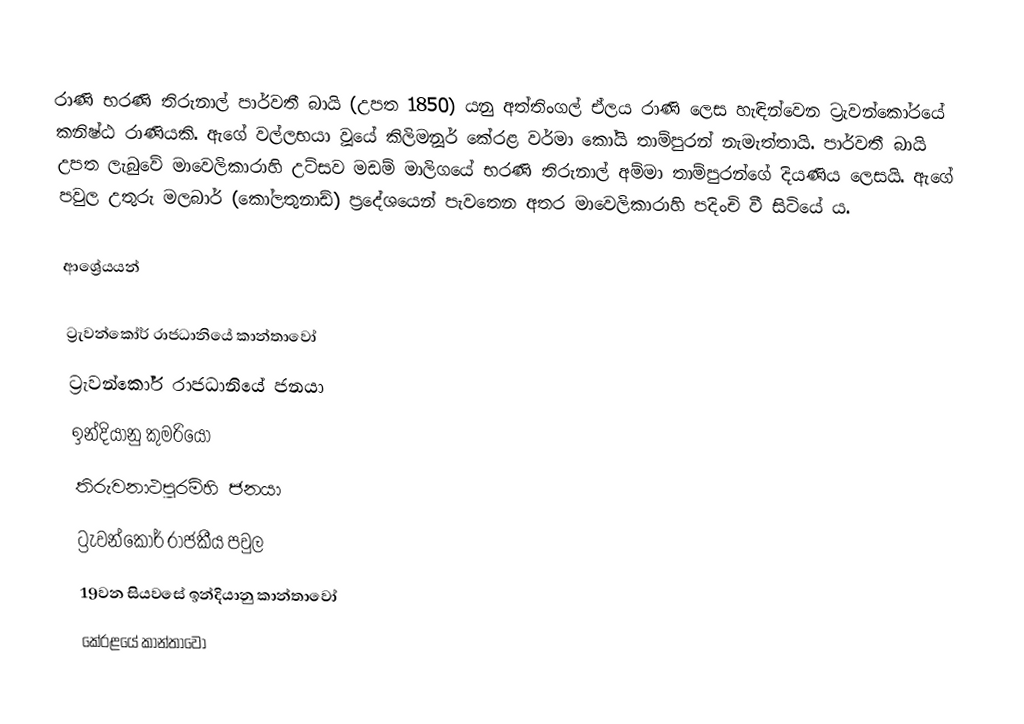
රාණි භරණි තිරුනාල් පාර්වතී බායි (උපත 1850) යනු අත්තිංගල් ඒලය රාණි ලෙස හැඳින්වෙන ට්‍රැවන්කෝරයේ කනිෂ්ඨ රාණියකි. ඇගේ වල්ලභයා වූයේ කිලිමනූර් කේරළ වර්මා කෝයි තාම්පුරන් නැමැත්තායි. පාර්වතී බායි උපත ලැබුවේ මාවෙලිකාරාහි උට්සව මඩම් මාලිගයේ භරණි තිරුනාල් අම්මා තාම්පුරන්ගේ දියණිය ලෙසයි. ඇගේ පවුල උතුරු මලබාර් (කෝලතුනාඩ්) ප්‍රදේශයෙන් පැවතෙන අතර මාවෙලිකාරාහි පදිංචි වී සිටියේ ය.

ආශ්‍රේයයන්

ට්‍රැවන්කෝර් රාජධානියේ කාන්තාවෝ
ට්‍රැවන්කෝර් රාජධානියේ ජනයා
ඉන්දියානු කුමරියෝ
තිරුවනාථපුරම්හි ජනයා
ට්‍රැවන්කෝර් රාජකීය පවුල
19වන සියවසේ ඉන්දියානු කාන්තාවෝ
කේරළයේ කාන්තාවෝ